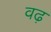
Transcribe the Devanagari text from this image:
वढ़